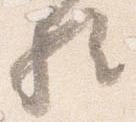
歟